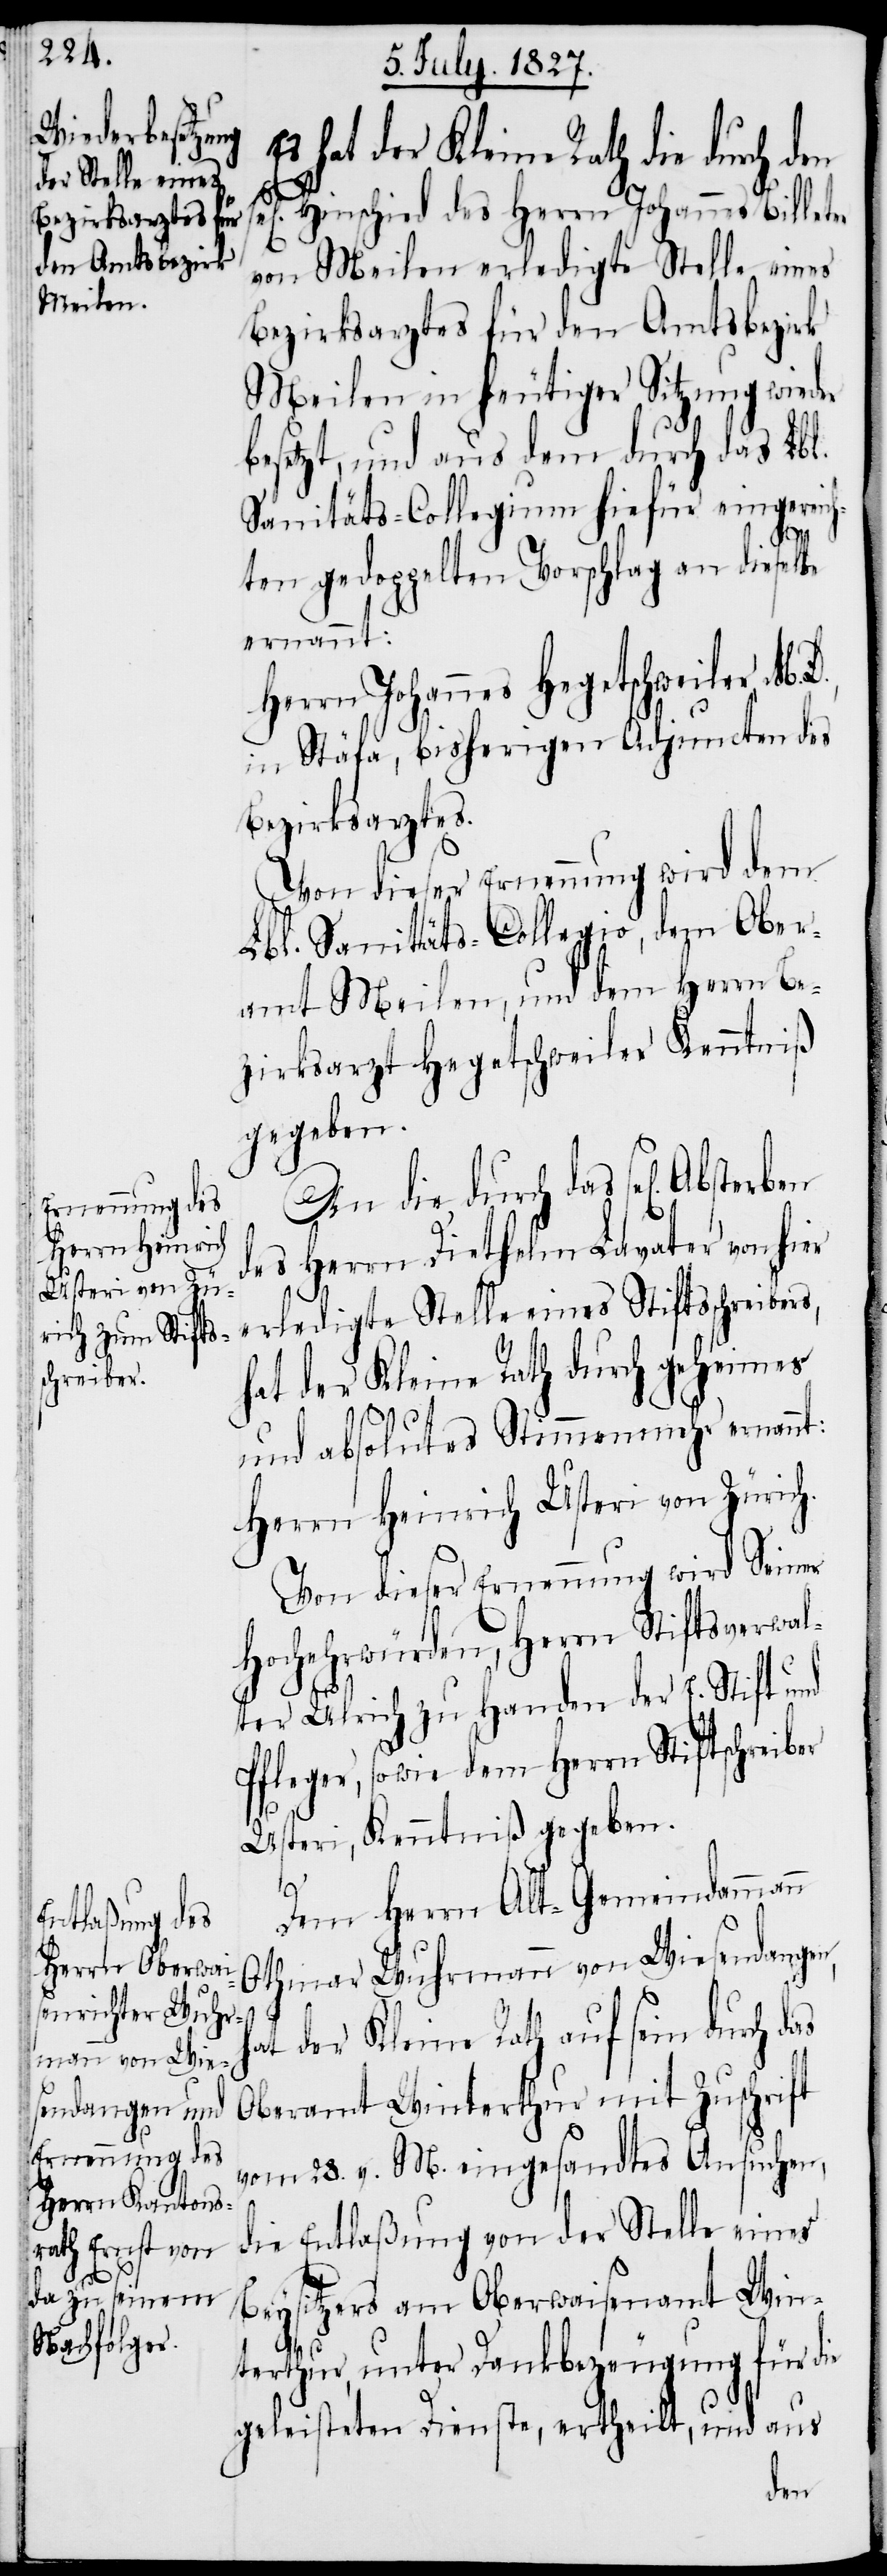
hat der Kleine Rath die durch den
Hinschied des Herrn Johannes Billeter
von Meilen erledigte Stelle eines
Bezirksarztes für den Amtsbezirk
Meilen in heutiger Sitzung wieder
besetzt, und aus dem durch das Lbl.
Sanitäts-Collegium hiefür eingereic¬
h¬
hten gedoppelten Vorschlag an dieselbe
ernannt:
Herrn Johannes Hegetschweiler M.
in Stäfa, bisherigen Adjuncten des
Bezirksarztes.
Von dieser Ernennung wird dem
Lbl. Sanitäts-Collegio, dem Ober¬
amt Meilen, und dem Herrn Be¬
zirksarzt Hegetschweiler Kenntniß
gegeben.
An die durch das sel[ige]
des Herrn Diethelm Lavater von hier
erledigte Stelle eines Stiftsschreibers,
hat der Kleine Rath durch geheimes
und absolutes Stimmenmehr ernannt:
Herrn Heinrich Usteri von Zürich.
Von dieser Ernennung wird Seiner
Hochwürden, Herrn Stiftsverwal¬
ter Ulrich zu Handen der E. Stift und
Pfleger, sowie dem Herrn Stiftschreiber
Usteri, Kenntniß gegeben.
Dem Herrn Alt-Gemeindammann
Othmar Wuhrmann von Wiesendangen,
at der Kleine Rath auf sein durch das
Oberamt Winterthur mit Zuschrift
vom 28. v. M. eingesandtes Ansuchen,
die Entlaßung von der Stelle eines
Beysitzers am Obewaisenamt Win¬
terthur, unter Dankbezeugung für die
geleisteten Dienste, ertheilt, und aus